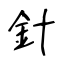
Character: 針